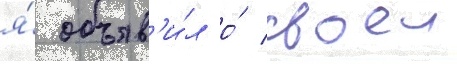
я́ объяв'и́л о́ своеи